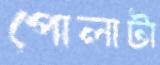
পোলাটা